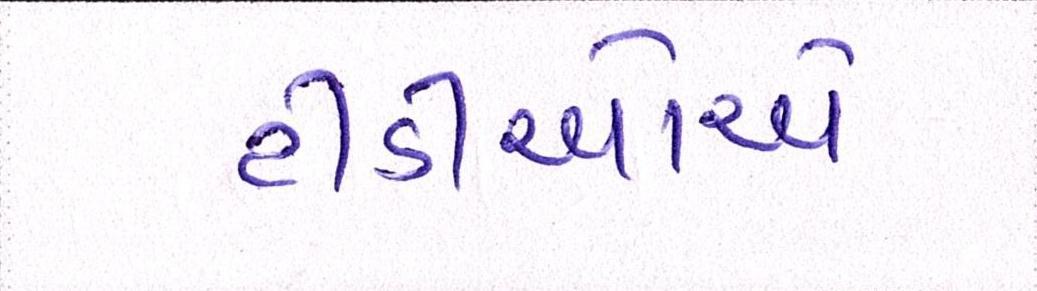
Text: ટીડીઓએ